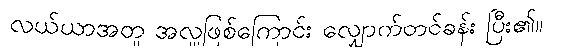
လယ်ယာအတူ အလှူဖြစ်ကြောင်း လျှောက်တင်ခန်း ပြီး၏။